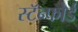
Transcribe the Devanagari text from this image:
स्टॅन्फोर्ड